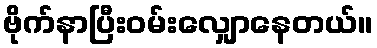
ဗိုက်နာပြီးဝမ်းလျှောနေတယ်။